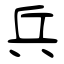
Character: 兵